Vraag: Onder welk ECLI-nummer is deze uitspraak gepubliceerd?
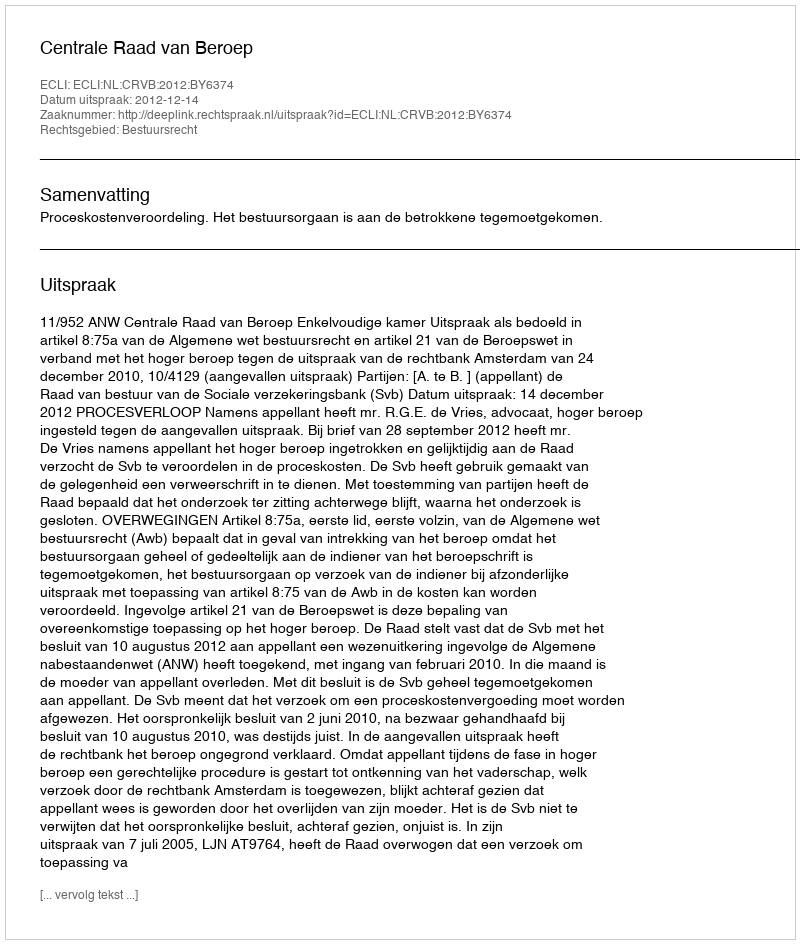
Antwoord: ECLI:NL:CRVB:2012:BY6374